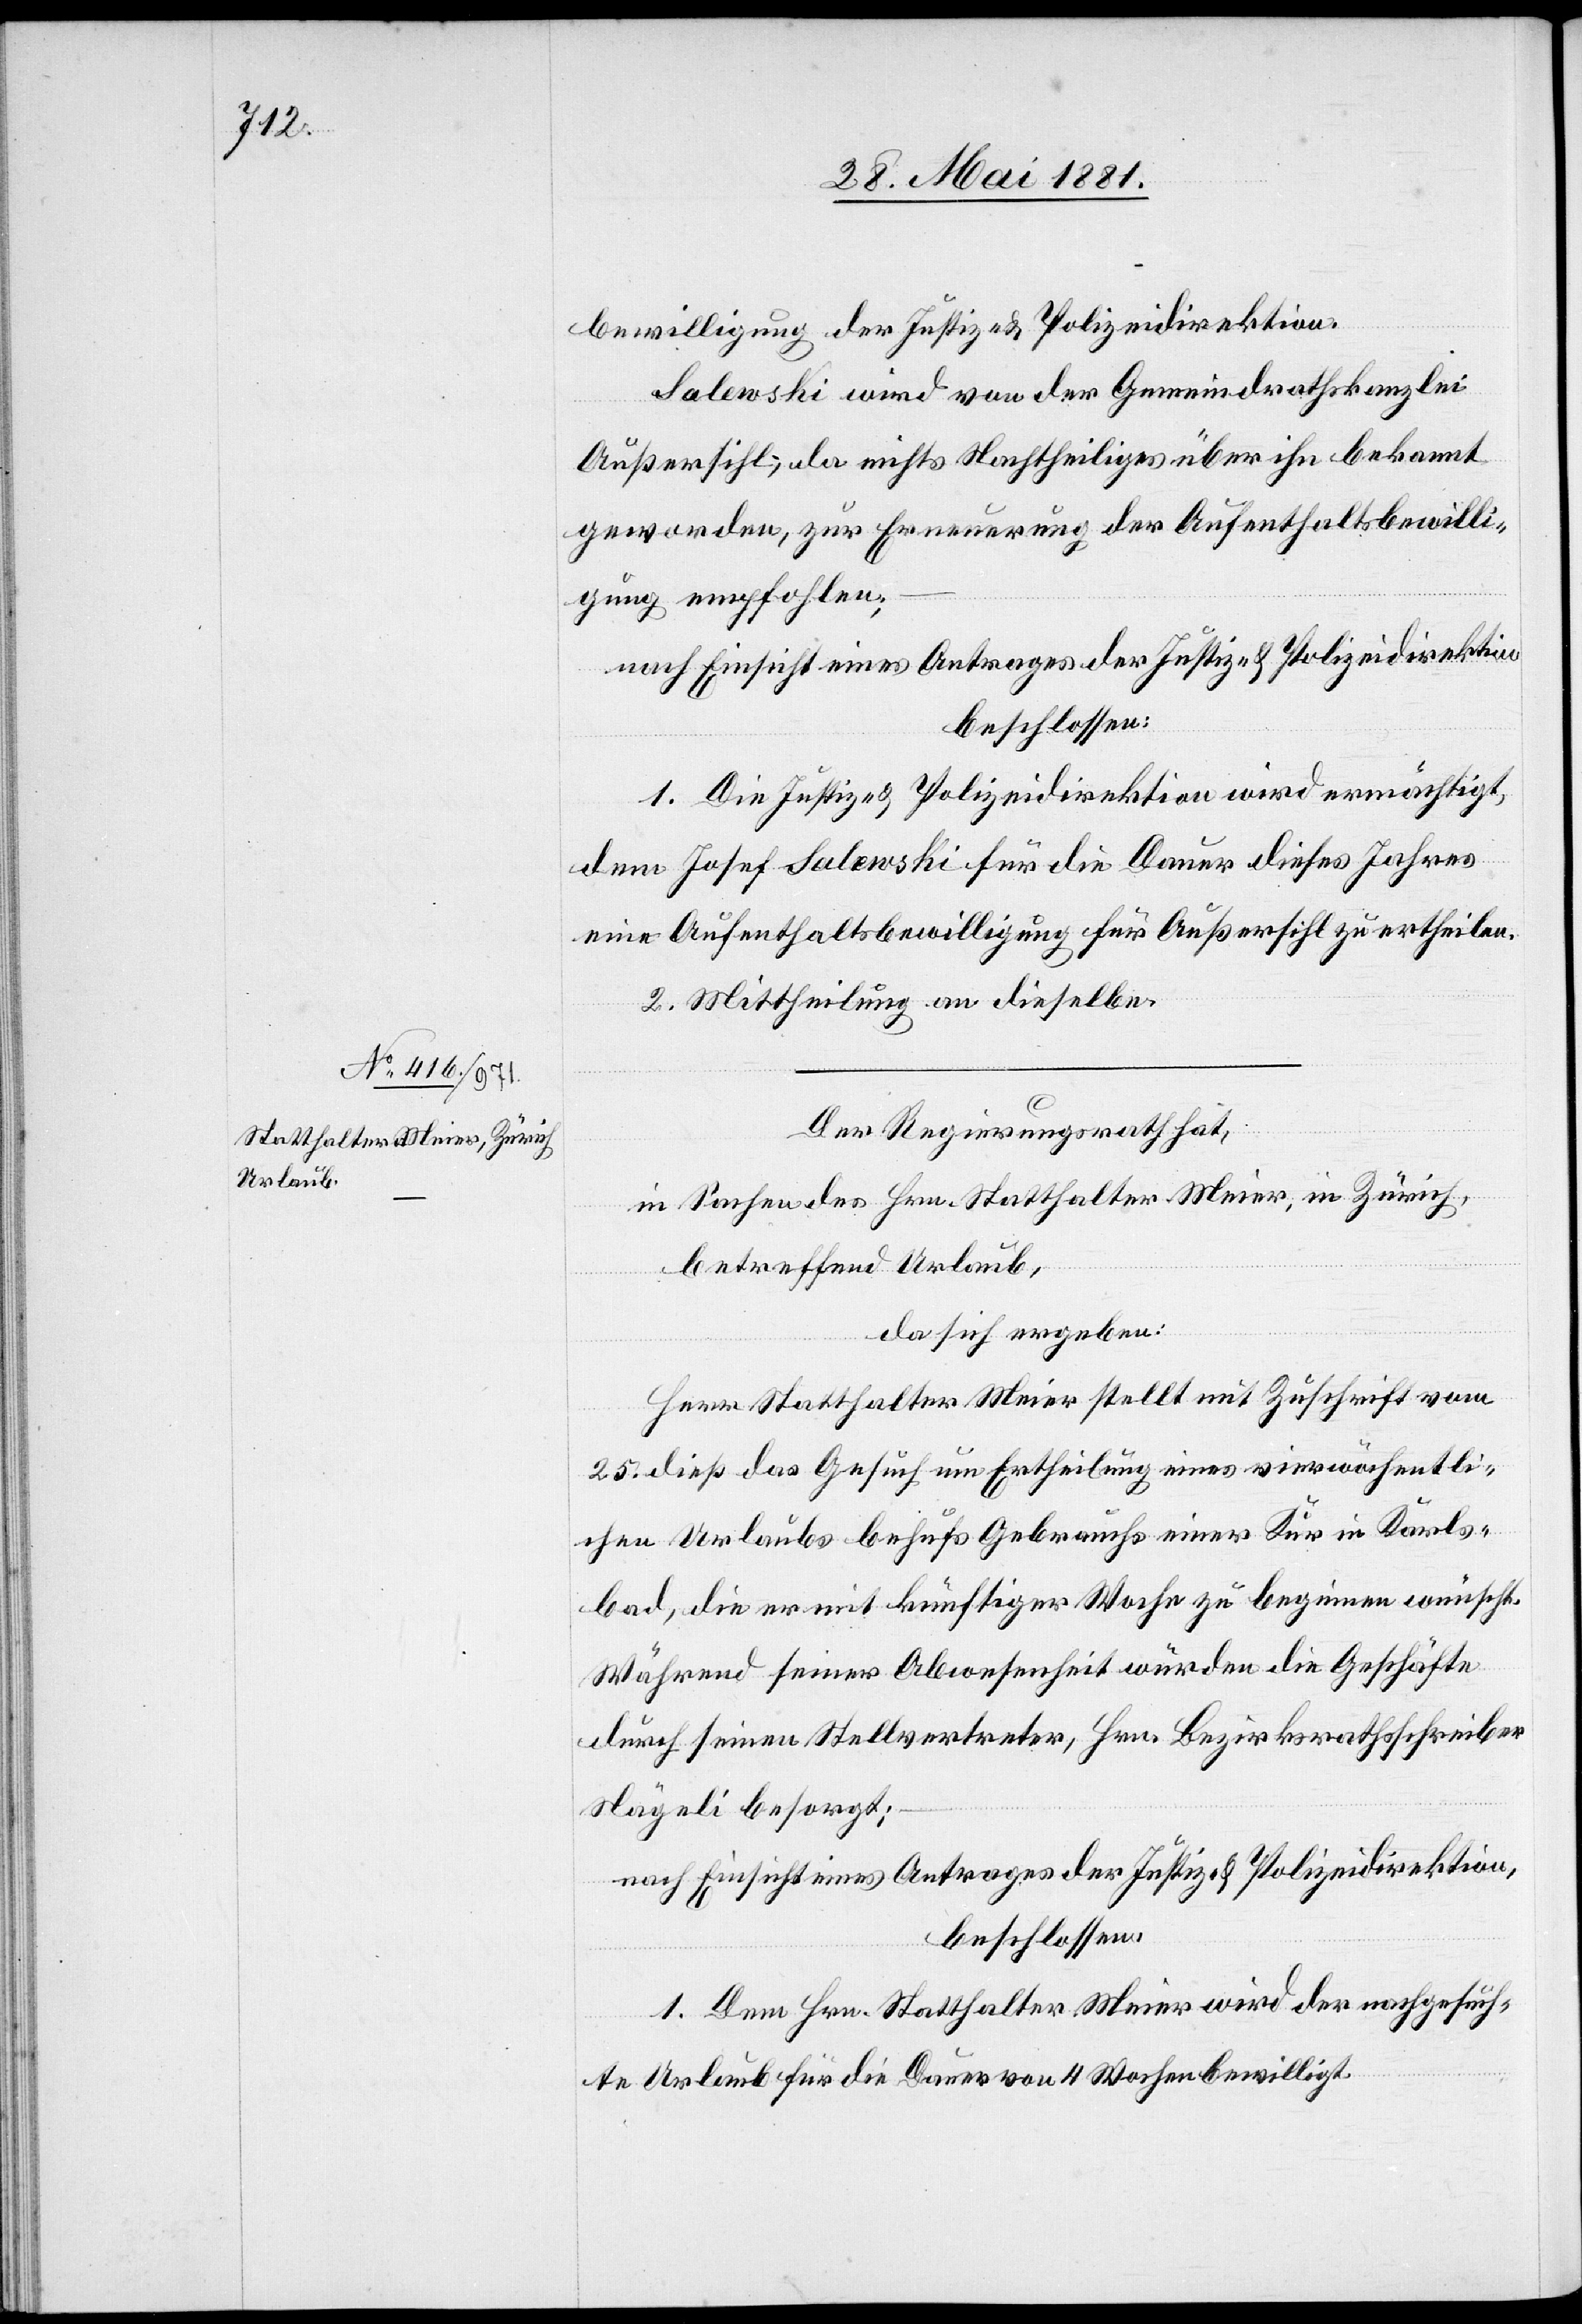
bewilligung der Justiz- & Polizeidirektion.
Salewski wird von der Gemeindrathskanzlei
Außersihl, da nichts Nachtheiliges über ihn bekannt
geworden, zur Erneuerung der Aufenthaltsbewilli¬
gung empfohlen;
nach Einsicht eines Antrages der Justiz- & Polizeidirektion,
beschlossen:
1. Die Justiz- & Polizeidirektion wird ermächtigt,
dem Josef Salewski für die Dauer dieses Jahres
eine Aufenthaltsbewilligung für Außersihl zu ertheilen.
2. Mittheilung an dieselbe.
Der Regierungsrath hat,
In Sachen des Hrn. Statthalter Meier, in Zürich,
betreffend Urlaub,
da sich ergeben:
Herr Statthalter Meier stellt mit Zuschrift vom
25. dieß das Gesuch um Ertheilung eines vierwöchentli¬
chen Urlaubs behufs Gebrauchs einer Kur in Karls¬
bad, die er mit künftiger Woche zu beginnen wünscht.
Während seiner Abwesenheit würden die Geschäfte
durch seinen Stellvertreter, Hrn. Bezirksrathsschreiber
Nägeli besorgt;
nach Einsicht eines Antrages der Justiz- & Polizeidirektion,
beschlossen:
1. Dem Hrn. Statthalter Meier wird der nachgesuch¬
te Urlaub für die Dauer von 4 Wochen bewilligt.